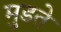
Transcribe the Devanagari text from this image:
मुडते